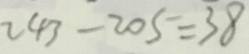
2 4 3 - 2 0 5 = 3 8